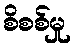
စိစစ်မှု